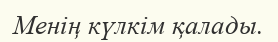
Менің күлкім қалады.